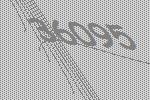
36095